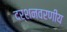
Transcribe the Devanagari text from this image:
दर्शनवरणीय